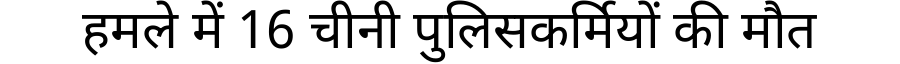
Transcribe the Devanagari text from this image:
हमले में 16 चीनी पुलिसकर्मियों की मौत